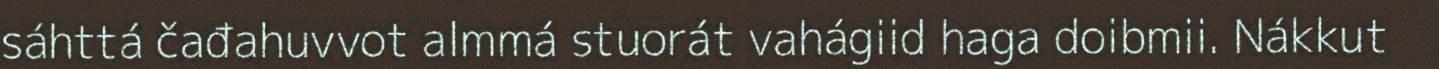
sáhttá čađahuvvot almmá stuorát vahágiid haga doibmii. Nákkut